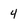
Character: 4